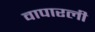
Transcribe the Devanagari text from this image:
वापारली